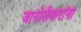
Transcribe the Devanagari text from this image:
जानोरीकरांना